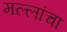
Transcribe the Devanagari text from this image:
मल्लांचा